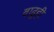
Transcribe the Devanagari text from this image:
वाढूही